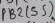
Text: PB2 (S5)